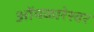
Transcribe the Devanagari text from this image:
ओंमकारेश्‍वर